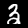
Digit: 3